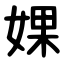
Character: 婐